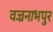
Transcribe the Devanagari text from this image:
वज्रनाभपुर